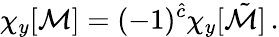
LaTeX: \chi_{y}[{\cal M}]=(-1)^{\hat{c}}\chi_{y}[\tilde{\cal M}]\, .